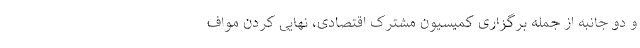
و دو جانبه از جمله برگزاری کمیسیون مشترک اقتصادی، نهایی کردن مواف